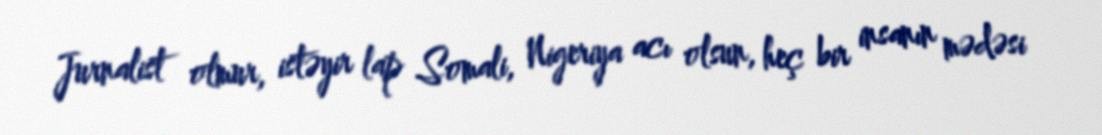
Jurnalist olmur, istəyir lap Somali, Nigeriya acı olsun, heç bir insanın mədəsi